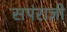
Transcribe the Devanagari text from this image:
सपंराज्ञी